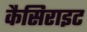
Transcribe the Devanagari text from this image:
कैसिराइट